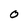
Character: 0